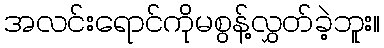
အလင်းရောင်ကိုမစွန့်လွှတ်ခဲ့ဘူး။